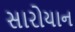
સારોયાન